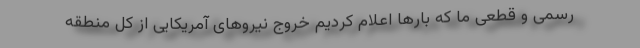
رسمی و قطعی ما که بارها اعلام کردیم خروج نیروهای آمریکایی از کل منطقه